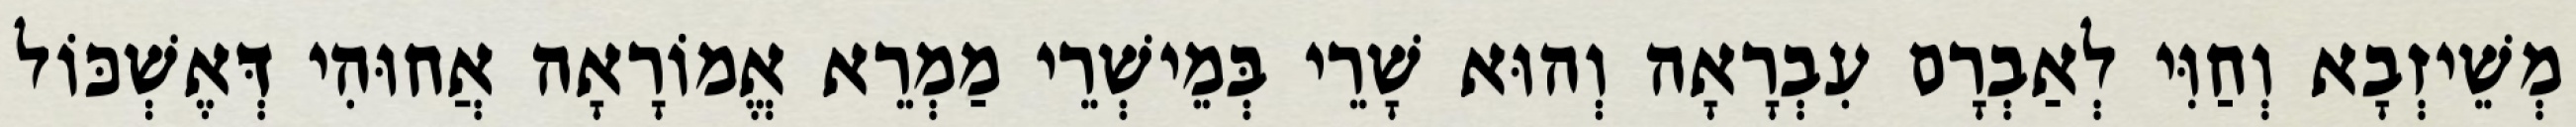
מְשֵׁיזְבָא וְחַוִּי לְאַבְרָם עִבְרָאָה וְהוּא שָׁרֵי בְּמֵישְׁרֵי מַמְרֵא אֱמוֹרָאָה אֲחוּהִי דְּאֶשְׁכּוֹל